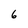
Character: 6